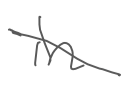
Text: in
Cross-out: diagonal
Writing tool: digital_gray